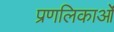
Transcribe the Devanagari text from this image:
प्रणलिकाओं